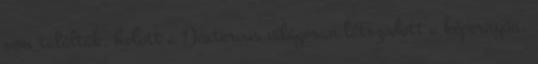
sem találták, holott a Dexterous világosan látszódott a képernyőn.